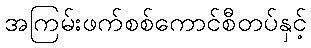
အကြမ်းဖက်စစ်ကောင်စီတပ်နှင့်